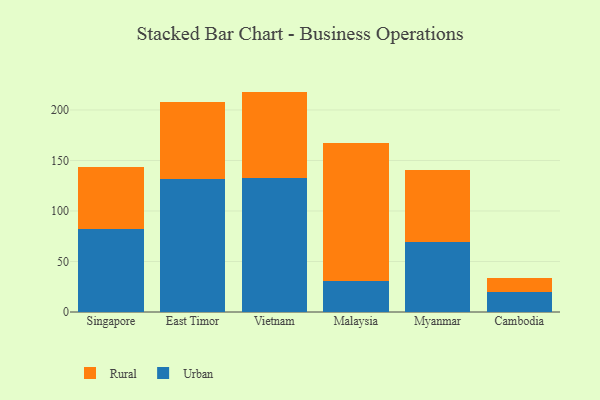
{"axis": {"x": "Country", "y": "Conversion Rate (%)"}, "legend": ["Rural", "Urban"], "data": [{"x": "Singapore", "y": 82.4, "type": "Urban"}, {"x": "Singapore", "y": 61.6, "type": "Rural"}, {"x": "East Timor", "y": 132.1, "type": "Urban"}, {"x": "East Timor", "y": 75.7, "type": "Rural"}, {"x": "Vietnam", "y": 133.1, "type": "Urban"}, {"x": "Vietnam", "y": 85.1, "type": "Rural"}, {"x": "Malaysia", "y": 30.5, "type": "Urban"}, {"x": "Malaysia", "y": 136.8, "type": "Rural"}, {"x": "Myanmar", "y": 69.4, "type": "Urban"}, {"x": "Myanmar", "y": 71.6, "type": "Rural"}, {"x": "Cambodia", "y": 20.0, "type": "Urban"}, {"x": "Cambodia", "y": 13.8, "type": "Rural"}]}